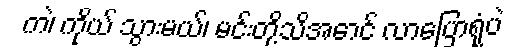
ကဲ၊ ကိုယ် သွားမယ်၊ မင်းတို့သိအောင် လာပြောရုံပဲ